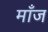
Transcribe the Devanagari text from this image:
माँज